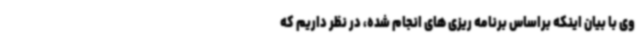
وی با بیان اینکه براساس برنامه ریزی های انجام شده، در نظر داریم که